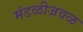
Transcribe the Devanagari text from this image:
मंडळीजवळ